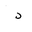
Letter: _dal